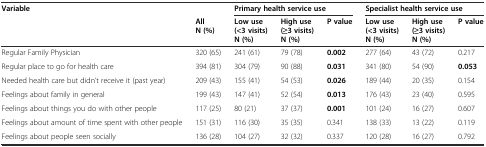
<table><thead><tr><td><b>Variable</b></td><td></td><td colspan="3"><b>Primary health service use</b></td><td colspan="3"><b>Specialist health service use</b></td></tr><tr><td></td><td><b>All N (%)</b></td><td><b>Low use (&lt;3 visits) N (%)</b></td><td><b>High use (≥3 visits) N (%)</b></td><td><b>P value</b></td><td><b>Low use (&lt;3 visits) N (%)</b></td><td><b>High use (≥3 visits) N (%)</b></td><td><b>P value</b></td></tr></thead><tbody><tr><td>Regular Family Physician</td><td>320 (65)</td><td>241 (61)</td><td>79 (78)</td><td><b>0.002</b></td><td>277 (64)</td><td>43 (72)</td><td>0.217</td></tr><tr><td>Regular place to go for health care</td><td>394 (81)</td><td>304 (79)</td><td>90 (88)</td><td><b>0.031</b></td><td>341 (80)</td><td>54 (90)</td><td><b>0.053</b></td></tr><tr><td>Needed health care but didn’t receive it (past year)</td><td>209 (43)</td><td>155 (41)</td><td>54 (53)</td><td><b>0.026</b></td><td>189 (44)</td><td>20 (35)</td><td>0.154</td></tr><tr><td>Feelings about family in general</td><td>199 (43)</td><td>147 (41)</td><td>52 (54)</td><td><b>0.013</b></td><td>176 (43)</td><td>23 (40)</td><td>0.595</td></tr><tr><td>Feelings about things you do with other people</td><td>117 (25)</td><td>80 (21)</td><td>37 (37)</td><td><b>0.001</b></td><td>101 (24)</td><td>16 (27)</td><td>0.607</td></tr><tr><td>Feelings about amount of time spent with other people</td><td>151 (31)</td><td>116 (30)</td><td>35 (35)</td><td>0.341</td><td>138 (33)</td><td>13 (22)</td><td>0.119</td></tr><tr><td>Feelings about people seen socially</td><td>136 (28)</td><td>104 (27)</td><td>32 (32)</td><td>0.337</td><td>120 (28)</td><td>16 (27)</td><td>0.792</td></tr></tbody></table>